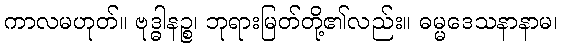
ကာလမဟုတ်။ ဗုဒ္ဓါနဉ္စ၊ ဘုရားမြတ်တို့၏လည်း။ ဓမ္မဒေသနာနာမ၊